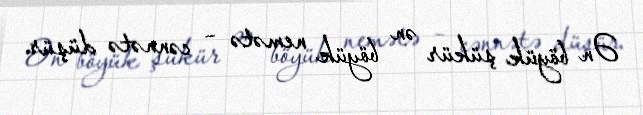
Ən böyük şükür ən böyük nemətə – cənnətə düşür.